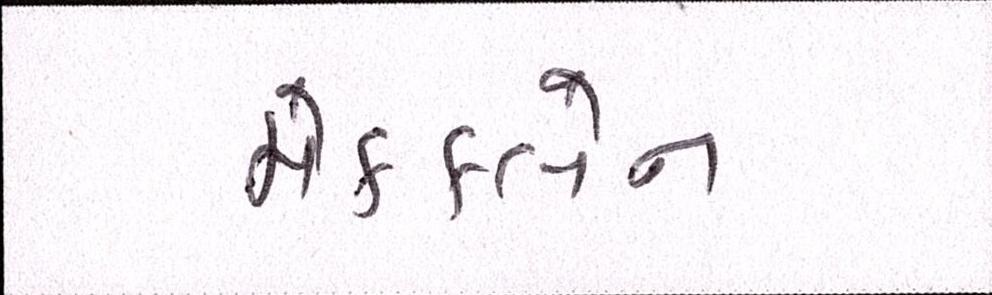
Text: મેકક્લેન